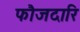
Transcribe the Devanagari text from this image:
फौजदारि